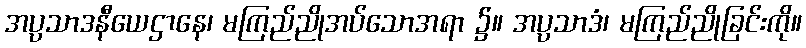
အပ္ပသာဒနီယေဌာနေ၊ မကြည်ညိုအပ်သောအရာ ၌။ အပ္ပသာဒံ၊ မကြည်ညိုခြင်းကို။